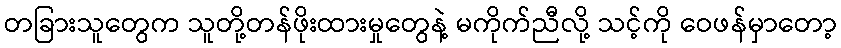
တခြားသူတွေက သူတို့တန်ဖိုးထားမှုတွေနဲ့ မကိုက်ညီလို့ သင့်ကို ဝေဖန်မှာတော့